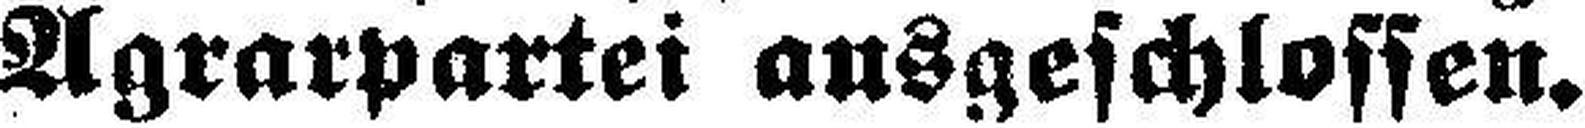
Agrarpartei ausgeschlossen.